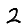
Digit: 2